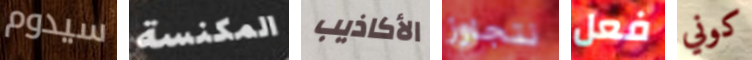
سيدوم المكنسة الأكاذيب نتجاوز فعل كوني